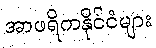
အာဖရိကနိုင်ငံများ